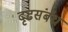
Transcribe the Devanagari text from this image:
दृढसंबंध